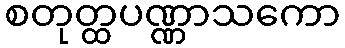
စတုတ္ထပဏ္ဏာသကော